Report of the Municipal Commissioner on the plague in Bombay for the year ending 31st May... - Volume 2
Disease focus: Plague
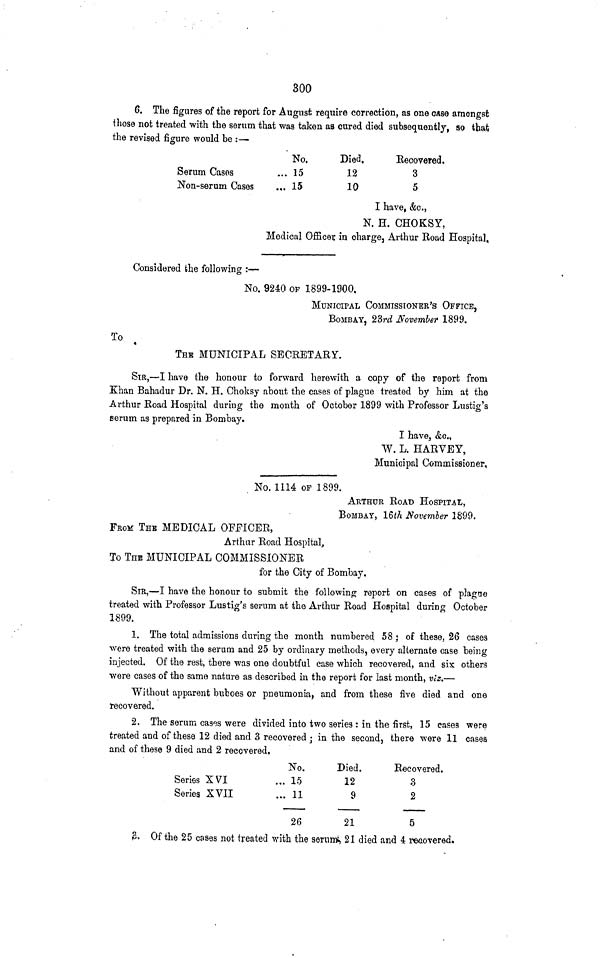
300
6. The figures of the report for August require correction, as one GAse amongst
those not treated with the serum that was taken as cured died subsequently, so that
the revised figure would he :—
Serum Cases
Non-serum Cases
No.
... 15
.,. 15
Died.
12
10
Recovered,
3
5
I have, &c,,
N. H. CHOKSY,
Medical Officei; in charge, Arthur Road Hospital,
Considered the following :—
No. 9240 OF 1899-1900,
MUNICIPAL COMMISSIONER'S OFFICE,
BOMBAY, 23nZ JVovemler 1899.
To
THB MUNICIPAL SECRETARY.
SIR,—I have the honour to forward herewith a copy of the report from
Khan Bahadur Dr. N. H. Choksy ahout the cases of plague treated by him at the
Arthur Road Hospital during the month of Octoher 1899 with Professor Lustig's
serum as prepared in Bombay.
I have, &c.,
W. L. HARVEY,
Municipal Commissioner,
No. 1114 OF 1899.
ARTHUR ROAD HOSPITAL,
BOMBAY, 16th November 1899.
FROM THB MEDICAL OFFICER,
Arthur Road Hospital,
To THE MUNICIPAL COMMISSIONER
for the City of Bombay,
SIR,—I have the honour to submit the following report on cases of plagoe
treated with Professor Lustig's serum at the Arthur Road Hospital during October
1899.
1. The total admissions during the month numbered 58 ; of these, 26 cases
were treated with the serum and 25 by ordinary methods, every alternate case being
injected. Of the rest, there was one doubtful case which recovered, and six others
were cases of the same nature as described in the report for last month, viz.—
Without apparent buboes or pneumonia, and from these five died and one
recovered.
2. The serum cases were divided into two series : in the first, 15 cases were
treated and of these 12 died and 3 recovered ; in the second, there were 11 cases
and of these 9 died and 2 recovered,
Series XVI
Series XVII
No.
... 15
... 11
26
Died.
12
9
21
Recovered.
3
2
5
3. Of the 25 cases not treated with the serum*, 21 died and 4 recovered.